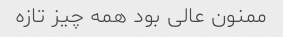
ممنون عالی بود همه چیز تازه